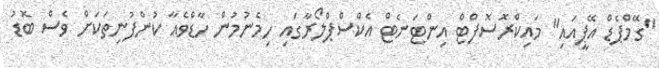
"ގޭމްޕެޑް އޭޕީއައި" މައިކްރޮސޮފްޓް އިންޓަނެޓް އެކްސްޕްލޯރާގައި ހިމެނުމުން ހާޑްވެއާ ކުންފުނިތަކަށް ވެސް ބޮޑު